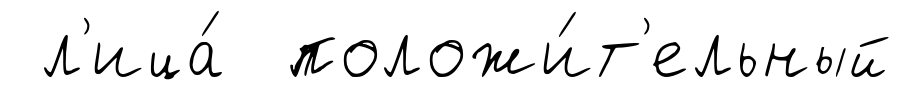
л'ица́ положи́т'ельный